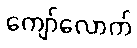
ကျော်လောက်